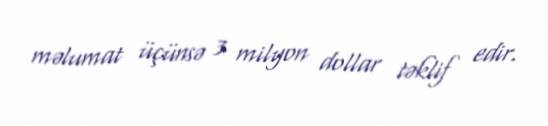
məlumat üçünsə 3 milyon dollar təklif edir.